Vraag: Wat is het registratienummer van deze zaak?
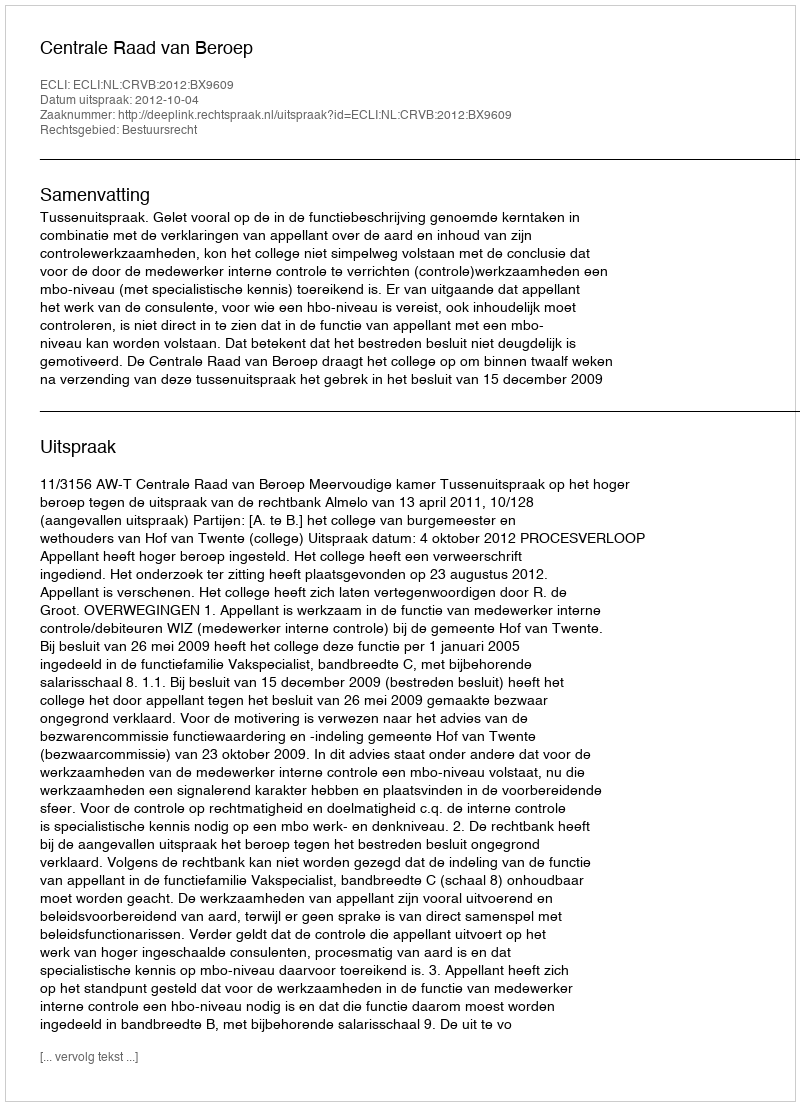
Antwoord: http://deeplink.rechtspraak.nl/uitspraak?id=ECLI:NL:CRVB:2012:BX9609